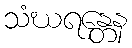
သံဃရန္တေန